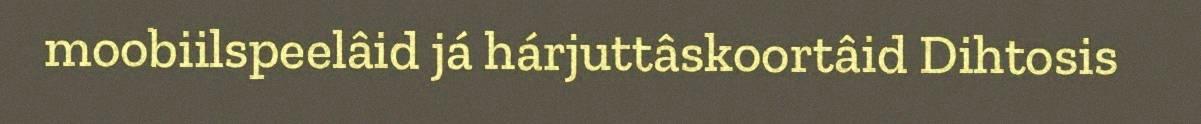
moobiilspeelâid já hárjuttâskoortâid Dihtosis